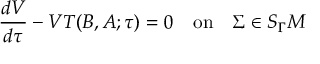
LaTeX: \frac { d V } { d \tau } - V T ( B , A ; \tau ) = 0 \quad \mathrm { o n } \quad \Sigma \in S _ { \Gamma } M